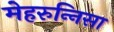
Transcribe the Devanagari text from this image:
मेहरुन्‍निसा